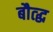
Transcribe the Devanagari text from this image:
बौत्द्ध